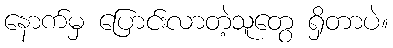
နောက်မှ ပြောင်းလာတဲ့သူတွေ ရှိတာပဲ။